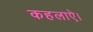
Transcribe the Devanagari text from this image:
कहलाऐ।